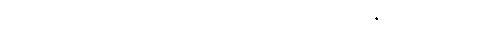
ပါ-ဒု-အုပ်-၂၇၁၊ ဋ္ဌ-သ-အုပ်-၁၄၁။ ဣတ္တဇစ္စောတိ (ပ)